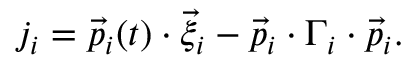
\begin{array} { r } { j _ { i } = \vec { p } _ { i } ( t ) \cdot \vec { \xi } _ { i } - \vec { p } _ { i } \cdot \boldsymbol { \Gamma _ { i } } \cdot \vec { p } _ { i } . } \end{array}